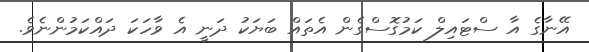
އޭނާގެ އާ ސްޓައިލް ކަމުގޮސްގެން އެތައް ބަޔަކު ދަނީ އެ ވާހަކަ ދައްކަމުންނެވެ.